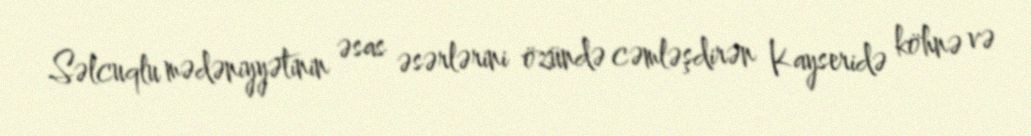
Səlcuqlu mədəniyyətinin əsas əsərlərini özündə cəmləşdirən Kayseridə köhnə və